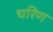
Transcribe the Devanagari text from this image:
चरिण